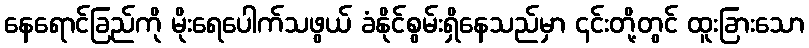
နေရောင်ခြည်ကို မိုးရေပေါက်သဖွယ် ခံနိုင်စွမ်းရှိနေသည်မှာ ၎င်းတို့တွင် ထူးခြားသော